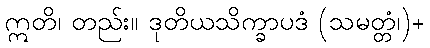
ဣတိ၊ တည်း။ ဒုတိယသိက္ခာပဒံ (သမတ္တံ၊)+